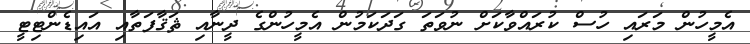
އެމީހުން މަރައި ހުސް ކުރައްވާކަށް ނުވަތަ ގަދަކަމުން އެމީހުންގެ ދީނާއި ޘަޤާފަތާއި އައިޑެންޓިޓީ